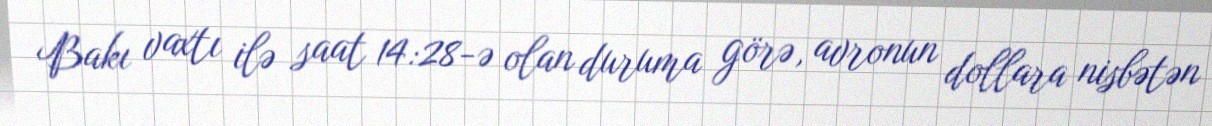
Bakı vaxtı ilə saat 14:28-ə olan duruma görə, avronun dollara nisbətən